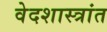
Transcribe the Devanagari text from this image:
वेदशास्त्रांत